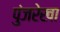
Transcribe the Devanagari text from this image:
पुंजरेखा